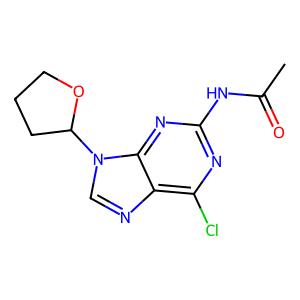
SMILES: CC(=O)Nc1nc(Cl)c2ncn(C3CCCO3)c2n1
Inhibits HIV replication: No